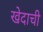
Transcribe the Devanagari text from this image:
खेदाची